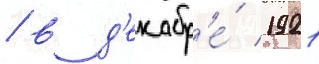
/ в д'екабр'е́ 1921